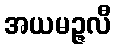
အယမဉ္ဇလီ